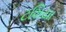
ટશિયા